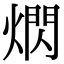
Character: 熌